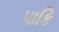
પાકિ